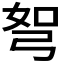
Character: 𭚯